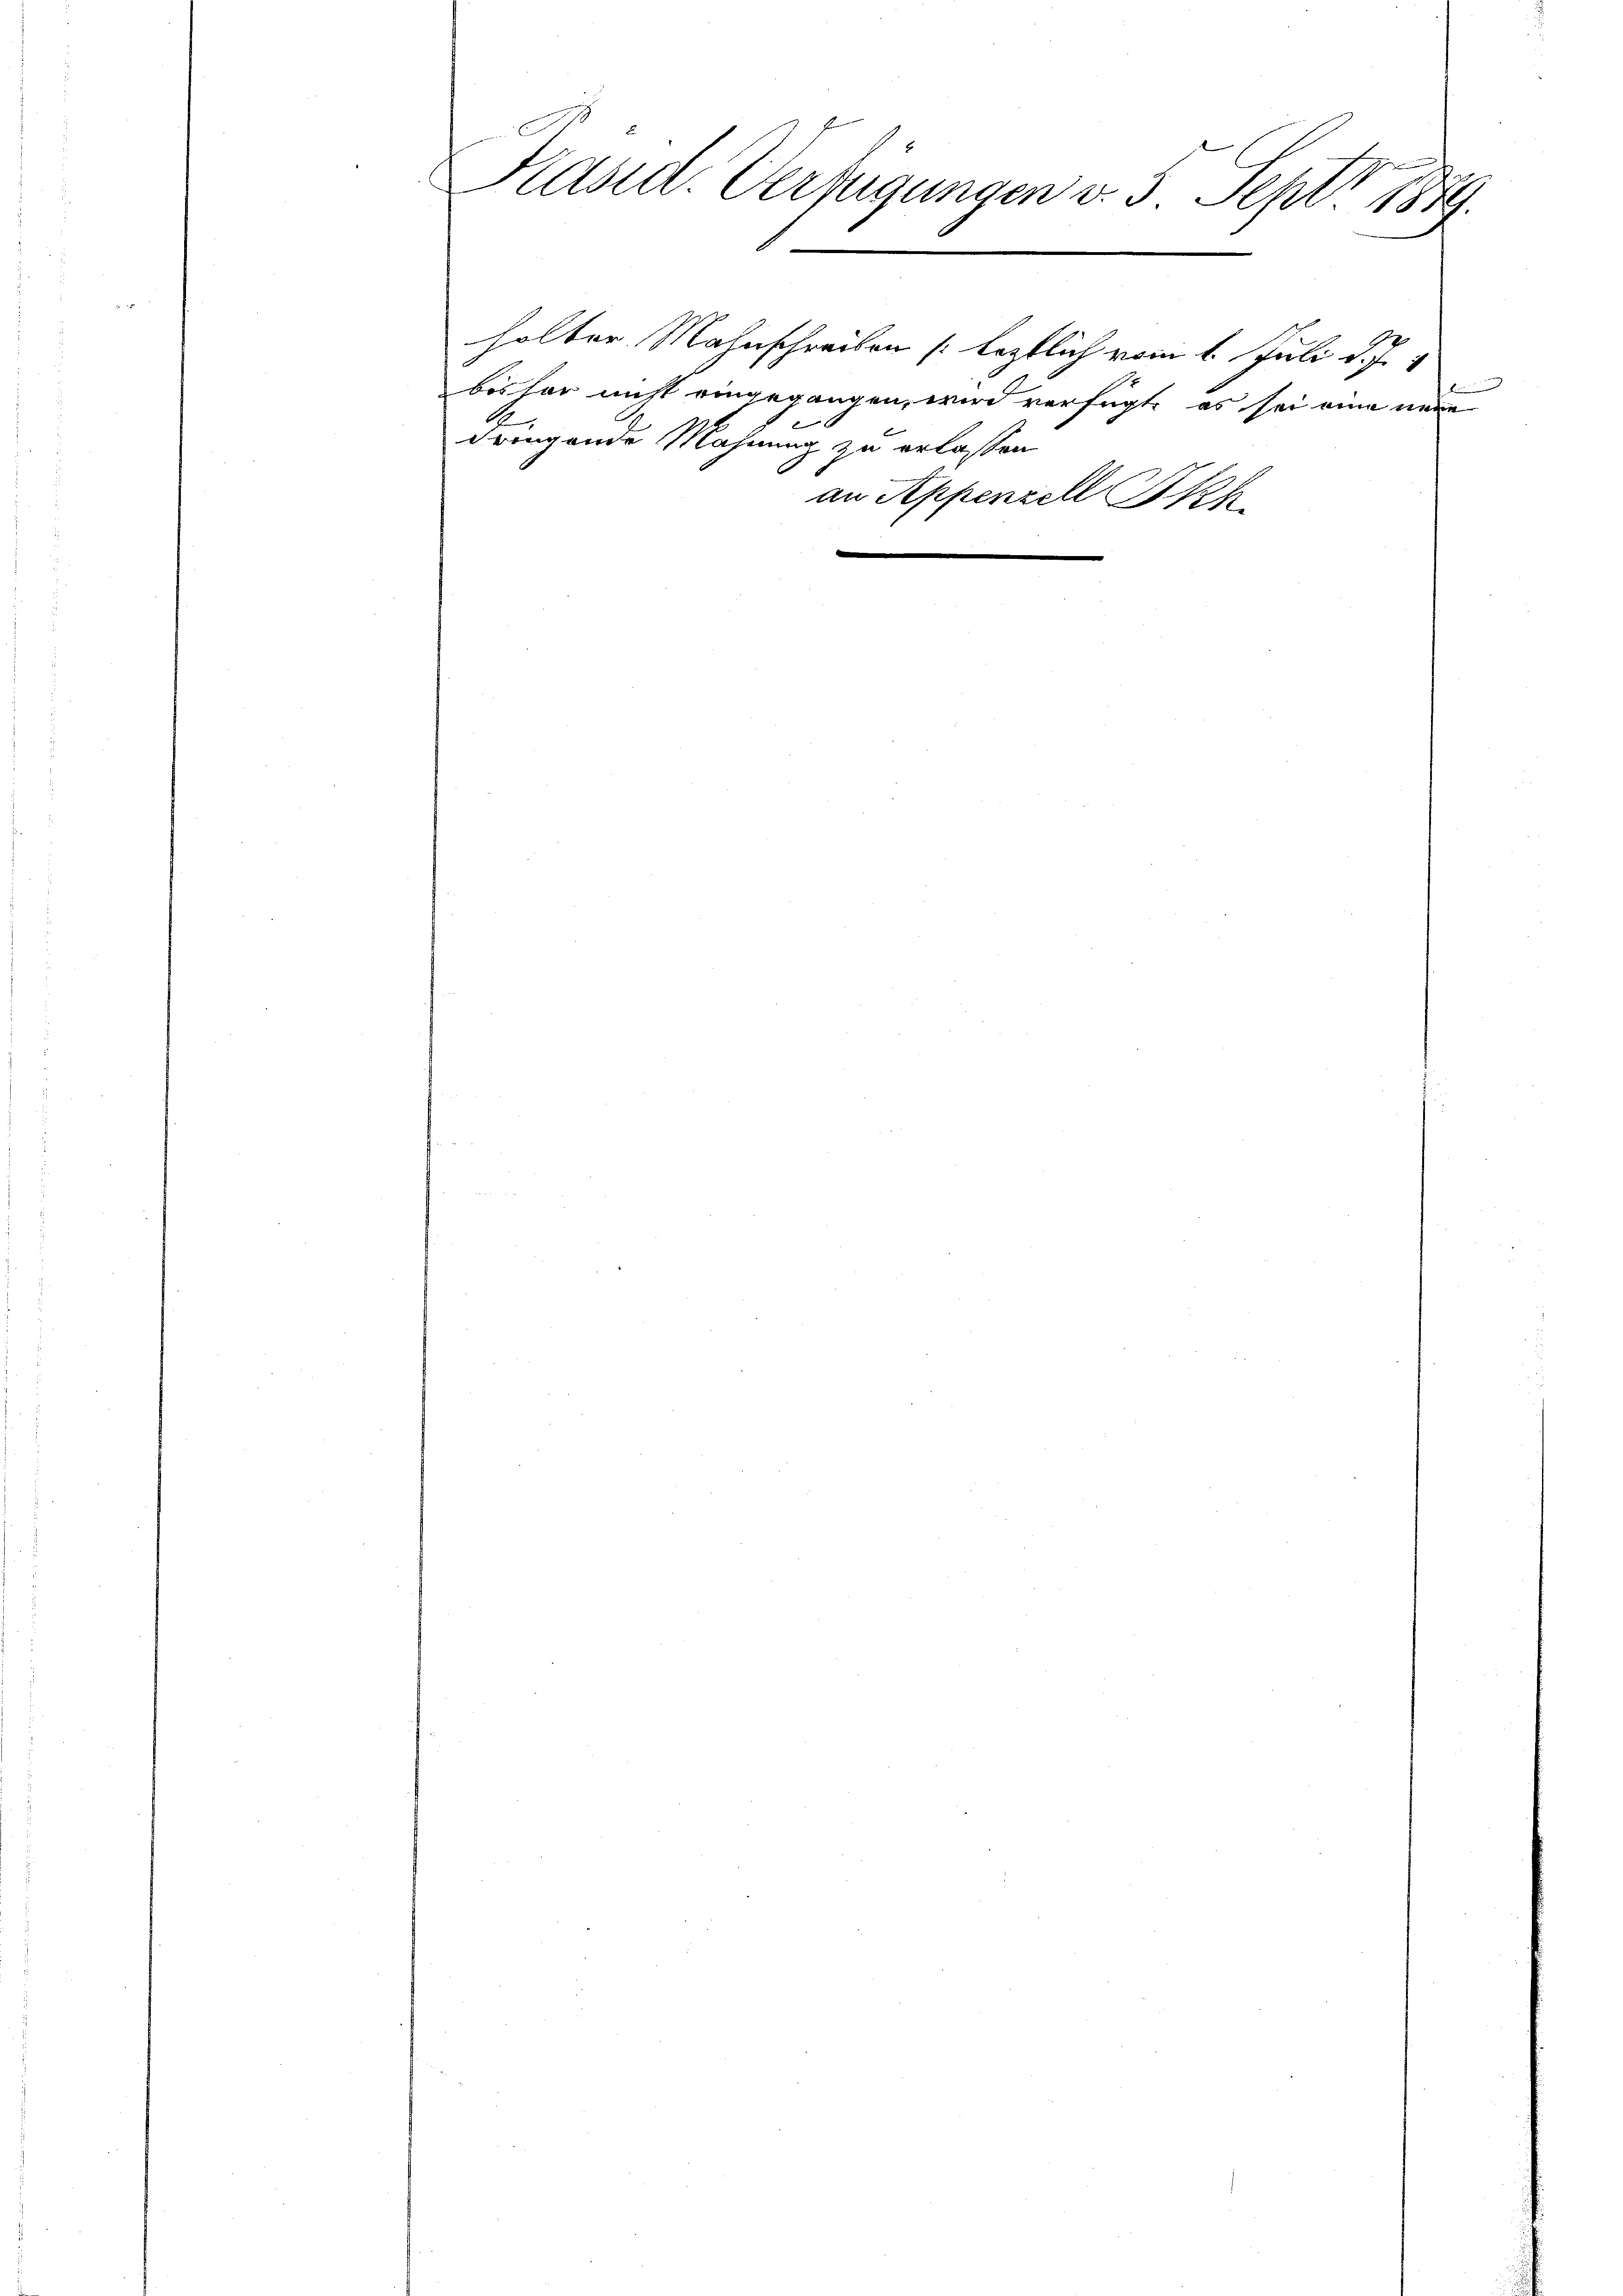
Kasid. Verfügungen v. 5. Sept. 1889.
d

dringende Mahnung zu erlassen

holter Mahnschreiben leztlich vom 1. Juli d. J. 1
böshar nicht eingegangen, wird verfügte es sei eine neue
an Appenzell Seh